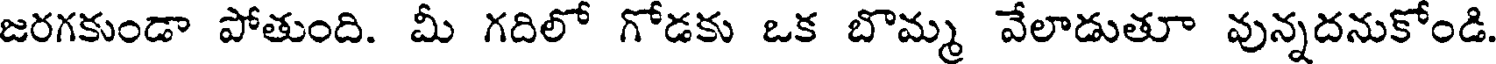
జరగకుండా పోతుంది. మీ గదిలో గోడకు ఒక బొమ్మ వేలాడుతూ వున్నదనుకోండి